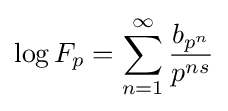
\log F_{p}=\sum _{n=1}^{\infty }{\frac {b_{p^{n}}}{p^{ns}}}